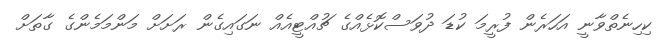
ކިހިނެތްވާނީ އަހަރެން ފުރީމަ ކުޑަ ދުވަސްކޮޅެއްގެ ޗުއްޓީއެއް ނަގައިގެން ރަށަށް މަންމަމެންގެ ގާތަށް